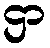
ဌာ